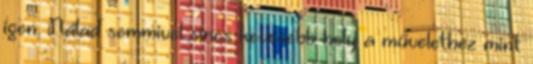
igen. Nálad semmivel sincs kevesebb hely a művelethez mint